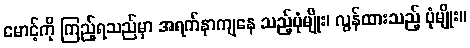
မောင့်ကို ကြည့်ရသည်မှာ အရက်နာကျနေ သည့်ပုံမျိုး၊ လွန်ထားသည့် ပုံမျိုး။